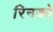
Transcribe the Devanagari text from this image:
रिनको